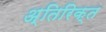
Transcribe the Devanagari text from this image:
अ्तिरिक्त